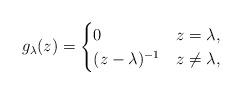
LaTeX: \begin{align*}g_\lambda(z) = \begin{cases}0 & z=\lambda,\\(z-\lambda)^{-1} & z\neq\lambda,\end{cases}\end{align*}